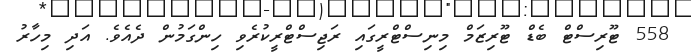
558 ޓޫރިސްޓް ބެޑް ޓޫރިޒަމް މިނިސްޓްރީގައި ރަޖިސްޓްރީކުރެވި ހިންގަމުން ދެއެވެ. އަދި މިހާރު